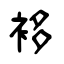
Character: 袳